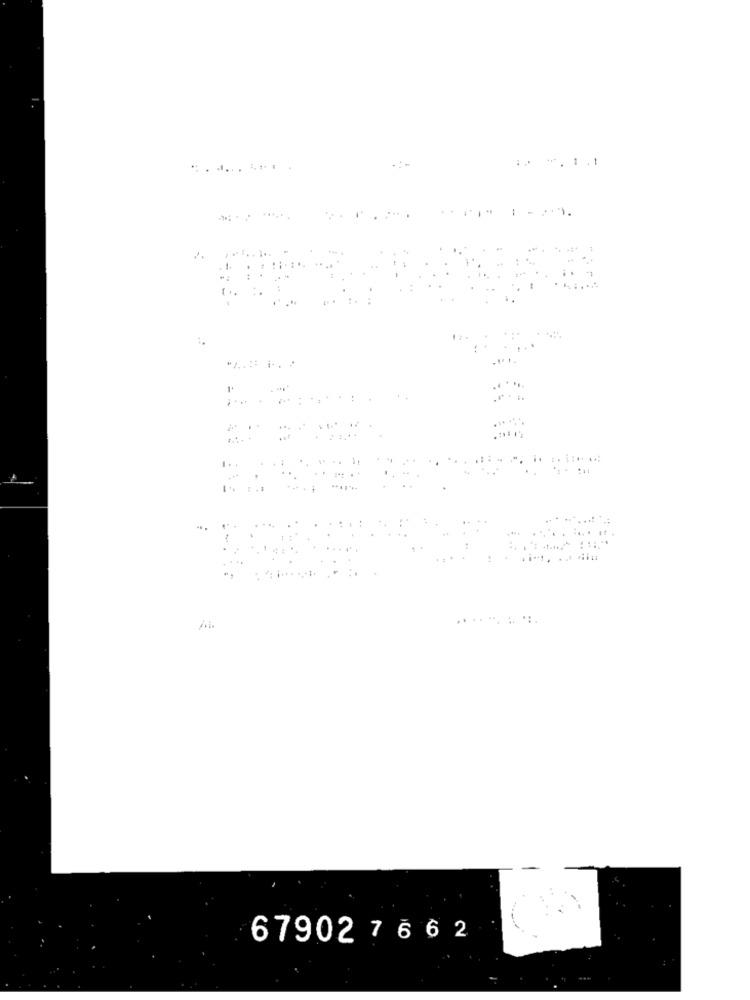
. -. 1.1
٠٠١٠٠
:
67902 7 6 6 2